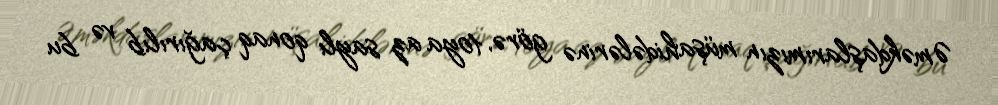
Əməkdaşlarımızın müşahidələrinə görə, toya az saylı qonaq çağırılıb və bu